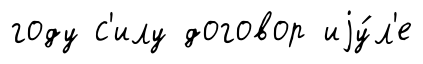
году с'илу договор иjу́л'е